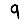
Digit: 9